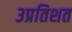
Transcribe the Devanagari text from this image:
३प्रतिशत